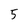
Character: 5